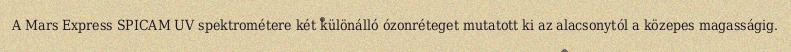
A Mars Express SPICAM UV spektrométere két különálló ózonréteget mutatott ki az alacsonytól a közepes magasságig.